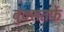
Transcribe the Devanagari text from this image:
बुक्सतर्फे